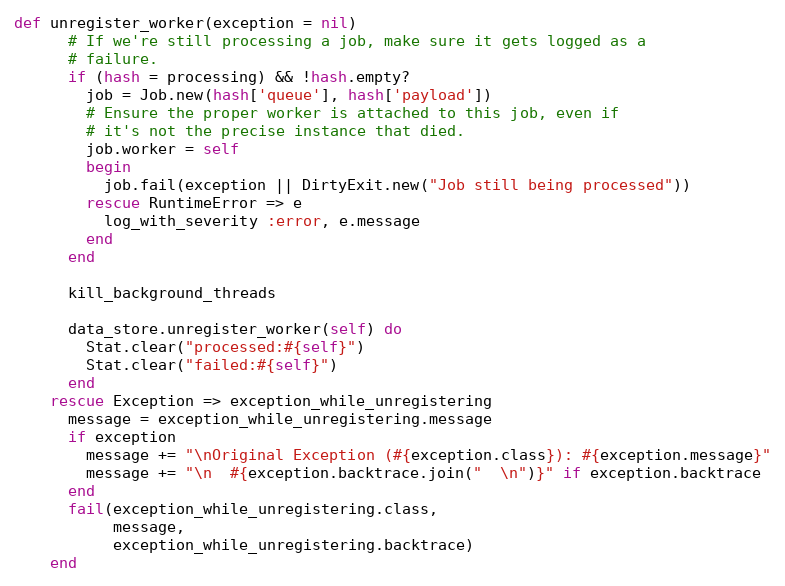
Language: Ruby
def unregister_worker(exception = nil)
      # If we're still processing a job, make sure it gets logged as a
      # failure.
      if (hash = processing) && !hash.empty?
        job = Job.new(hash['queue'], hash['payload'])
        # Ensure the proper worker is attached to this job, even if
        # it's not the precise instance that died.
        job.worker = self
        begin
          job.fail(exception || DirtyExit.new("Job still being processed"))
        rescue RuntimeError => e
          log_with_severity :error, e.message
        end
      end

      kill_background_threads

      data_store.unregister_worker(self) do
        Stat.clear("processed:#{self}")
        Stat.clear("failed:#{self}")
      end
    rescue Exception => exception_while_unregistering
      message = exception_while_unregistering.message
      if exception
        message += "\nOriginal Exception (#{exception.class}): #{exception.message}"
        message += "\n  #{exception.backtrace.join("  \n")}" if exception.backtrace
      end
      fail(exception_while_unregistering.class,
           message,
           exception_while_unregistering.backtrace)
    end